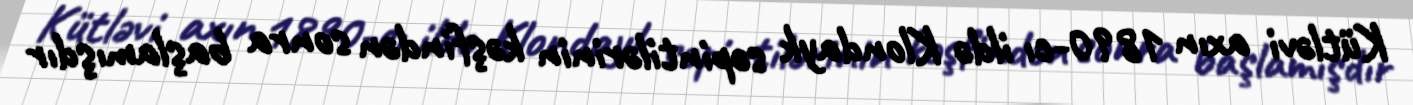
Kütləvi axın 1890-cı ildə Klondayk səpintilərinin kəşfindən sonra başlamışdır